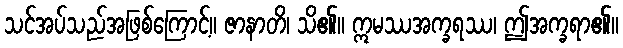
သင်အပ်သည်အဖြစ်ကြောင့်။ ဇာနာတိ၊ သိ၏။ ဣမဿအက္ခရဿ၊ ဤအက္ခရာ၏။